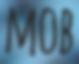
MOB